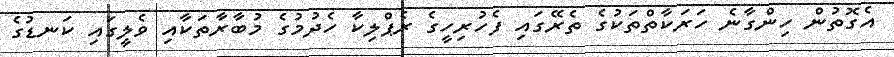
އެގޮތުން ހިންގާނެ ހަރަކާތްތަކުގެ ތެރޭގައި ފެހުރިހީގެ ރެޕްލިކާ ހެދުމުގެ މުބާރާތަކާއި ވެލީގައި ކަނޑުގެ